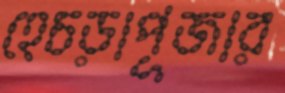
হেচড়াপূজার